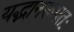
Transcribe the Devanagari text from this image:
यद्भानरूपतः